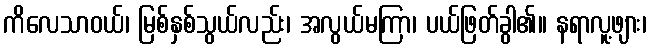
ကိလေသာဝယ်၊ မြစ်နှစ်သွယ်လည်း၊ အလွယ်မကြာ၊ ပယ်ဖြတ်ခွါ၏၊၊ နရာလူ့ဖျား၊